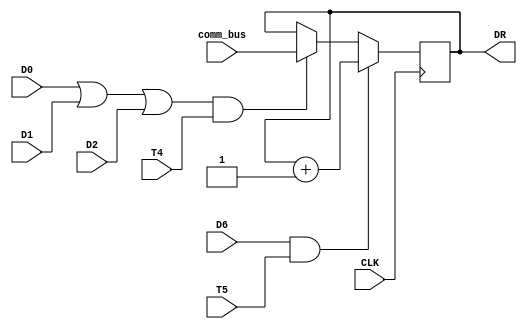
`timescale 1ns / 1ps
//////////////////////////////////////////////////////////////////////////////////
// Company: 
// Engineer: 
// 
// Design Name: 
// Module Name: DR
// Project Name: 
// Target Devices: 
// Tool Versions: 
// Description: 
// 
// Dependencies: 
// 
// Revision:
// Revision 0.01 - File Created
// Additional Comments:
// 
//////////////////////////////////////////////////////////////////////////////////


module DR(
input D0 , 
input D1 ,
input D2 ,
input D6 ,
input T5, 
input T4 ,
input CLK,
input [7:0] comm_bus,
output reg [7:0] DR
 );
 
 wire LOAD ;
 wire inr;
 assign inr =(D6&T5);
 assign LOAD  = ~( (D0 | D1 | D2  ) & T4 );
 
 initial begin 
 DR = 8'h00 ;
 end 
 
 always @(posedge CLK )
 begin
         if (inr) 
            DR <= DR  + 1;
         else if (LOAD == 0)
            DR <= comm_bus; 
     end
  
  
endmodule